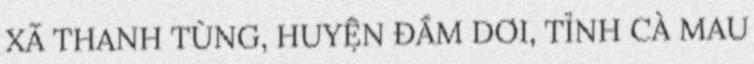
XÃ THANH TÙNG, HUYỆN ĐẦM DƠI, TỈNH CÀ MAU